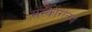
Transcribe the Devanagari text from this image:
संस्कारांतच